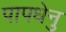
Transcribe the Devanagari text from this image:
पापधेनु